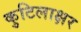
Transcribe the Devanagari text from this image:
कुटिलाक्षर